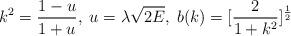
LaTeX: \begin{align*}k^2 =\frac{1-u}{1+u}, \; u=\lambda \sqrt{2E},\; b(k) =[\frac{2}{1+k^2}]^{\frac{1}{2}}\end{align*}